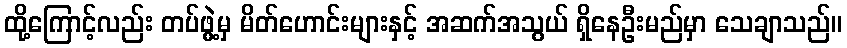
ထို့ကြောင့်လည်း တပ်ဖွဲ့မှ မိတ်ဟောင်းများနှင့် အဆက်အသွယ် ရှိနေဦးမည်မှာ သေချာသည်။